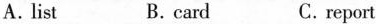
A.list B.card C.report